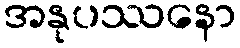
အနုပဿနော